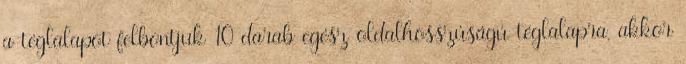
a téglalapot felbontjuk 10 darab egész oldalhosszúságú téglalapra, akkor